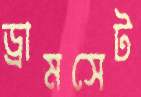
ড্রামসেট